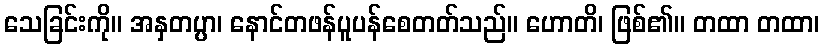
သေခြင်းကို။ အနှတပ္ပာ၊ နောင်တဖန်ပူပန်စေတတ်သည်။ ဟောတိ၊ ဖြစ်၏။ တထာ တထာ၊